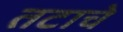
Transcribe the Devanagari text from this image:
तटाचे